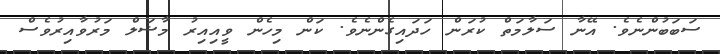
ސަބަބުންނެވެ. އޭނާ ސަލާމަތް ކުރަން ހަދައިގެންނެވެ. ކަން މިހެން ވީއިއިރު މާޝަލް މަރުވާއިރުވެސް